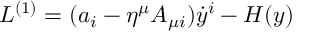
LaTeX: L ^ { ( 1 ) } = ( a _ { i } - \eta ^ { \mu } A _ { \mu i } ) \dot { y } ^ { i } - H ( y )